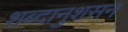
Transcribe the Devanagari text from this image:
शब्दानुशसन